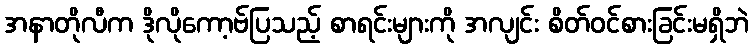
အနာတိုလီက ဒိုလိုကော့ဗ်ပြသည့် စာရင်းများကို အလျင်း စိတ်ဝင်စားခြင်းမရှိဘဲ